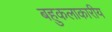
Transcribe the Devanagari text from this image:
बहुकलाकारीय